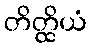
တိတ္ထိယံ